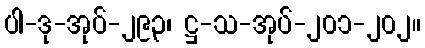
ပါ-ဒု-အုပ်-၂၉၃၊ ဋ္ဌ-သ-အုပ်-၂၀၁-၂၀၂။